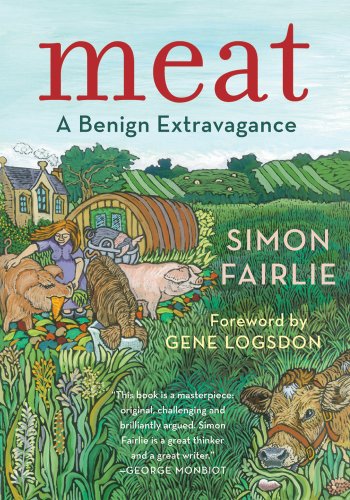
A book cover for Meat: A Benign Extravagance; Simon Fairlie; Science & Math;